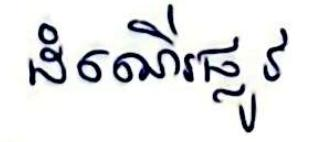
ដំណើរផ្លូវ